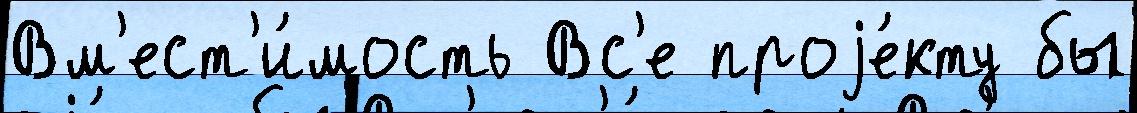
Вм'ест'и́мость Вс'е проjе́кту бы